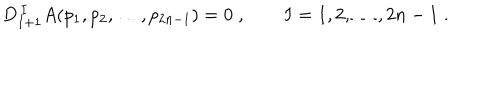
D _ { I + 1 } ^ { \, I } A ( p _ { 1 } , p _ { 2 } , \ldots , p _ { 2 n - 1 } ) = 0 \; , \qquad I = 1 , 2 , \ldots , 2 n - 1 \; .